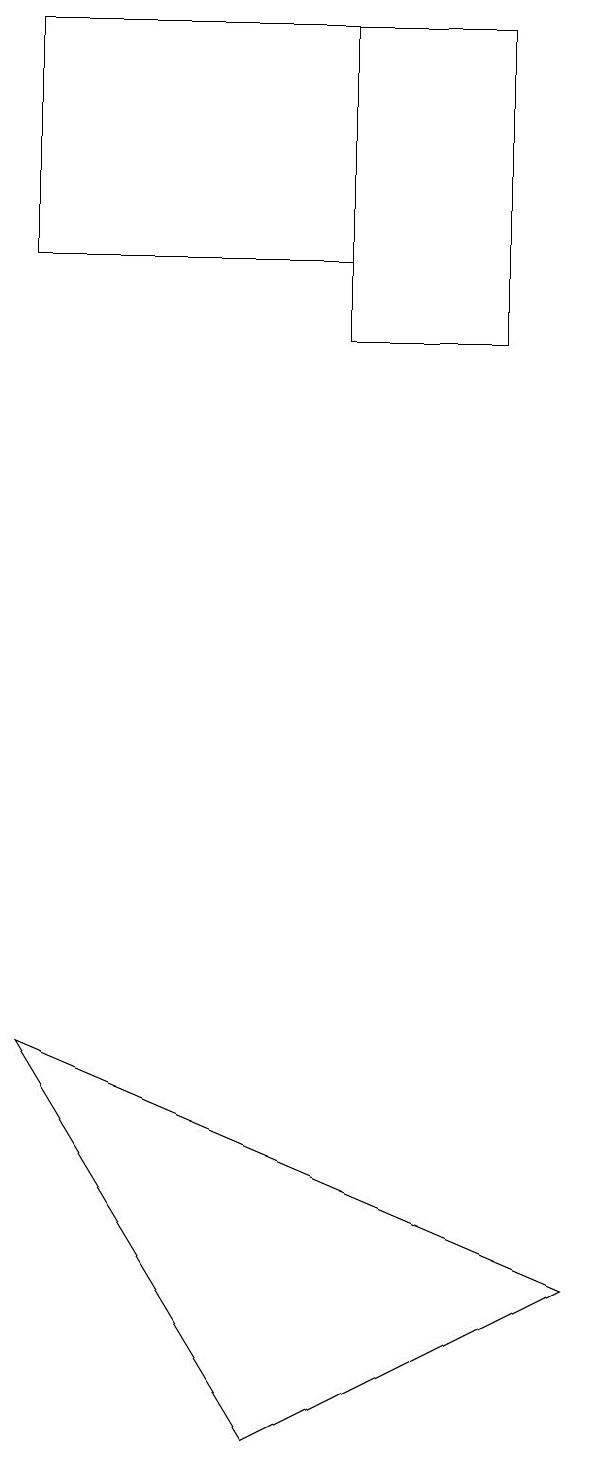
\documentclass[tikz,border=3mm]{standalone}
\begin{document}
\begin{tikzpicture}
\draw (4,18) rectangle (0,15);
\draw (6,14) rectangle (4,18);
\draw (7,2) -- (0,5) -- (3,0) -- cycle;
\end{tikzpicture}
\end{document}